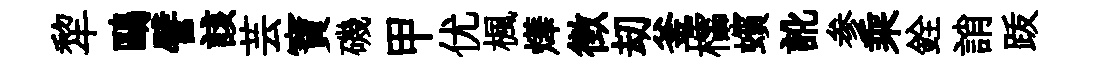
犂鷗譬該芸寶磯甲优楓燁徴刧釜櫺蠙訛参乘銓誚䟦